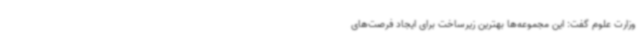
وزارت علوم گفت: این مجموعه‌ها بهترین زیرساخت برای ایجاد فرصت‌های